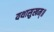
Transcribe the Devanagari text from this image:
यथासुखम्॥